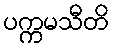
ပက္ကမသီတိ